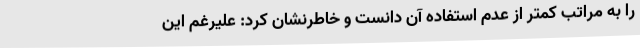
را به مراتب کمتر از عدم استفاده آن دانست و خاطرنشان کرد: علیرغم این